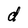
Character: d